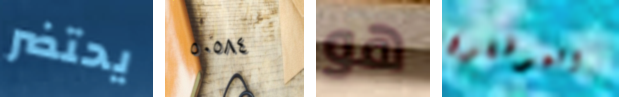
يحتضر ٥٠٥٨٤ هو الموظفون